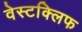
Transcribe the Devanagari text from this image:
वेस्टक्लिफ